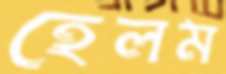
হেলম